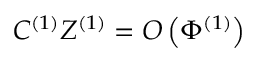
C ^ { ( 1 ) } Z ^ { ( 1 ) } = O \left( \Phi ^ { ( 1 ) } \right)